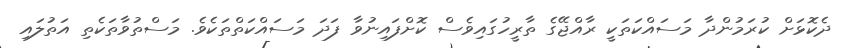
ދެކޮޅަށް ކުރަމުންދާ މަސައްކަތަކީ ރާއްޖޭގެ ތާރީހުގައިވެސް ކޮށްފައިނުވާ ފަދަ މަސައްކަތްތަކެވެ. މަސްތުވާތަކެތި އަތުލައި